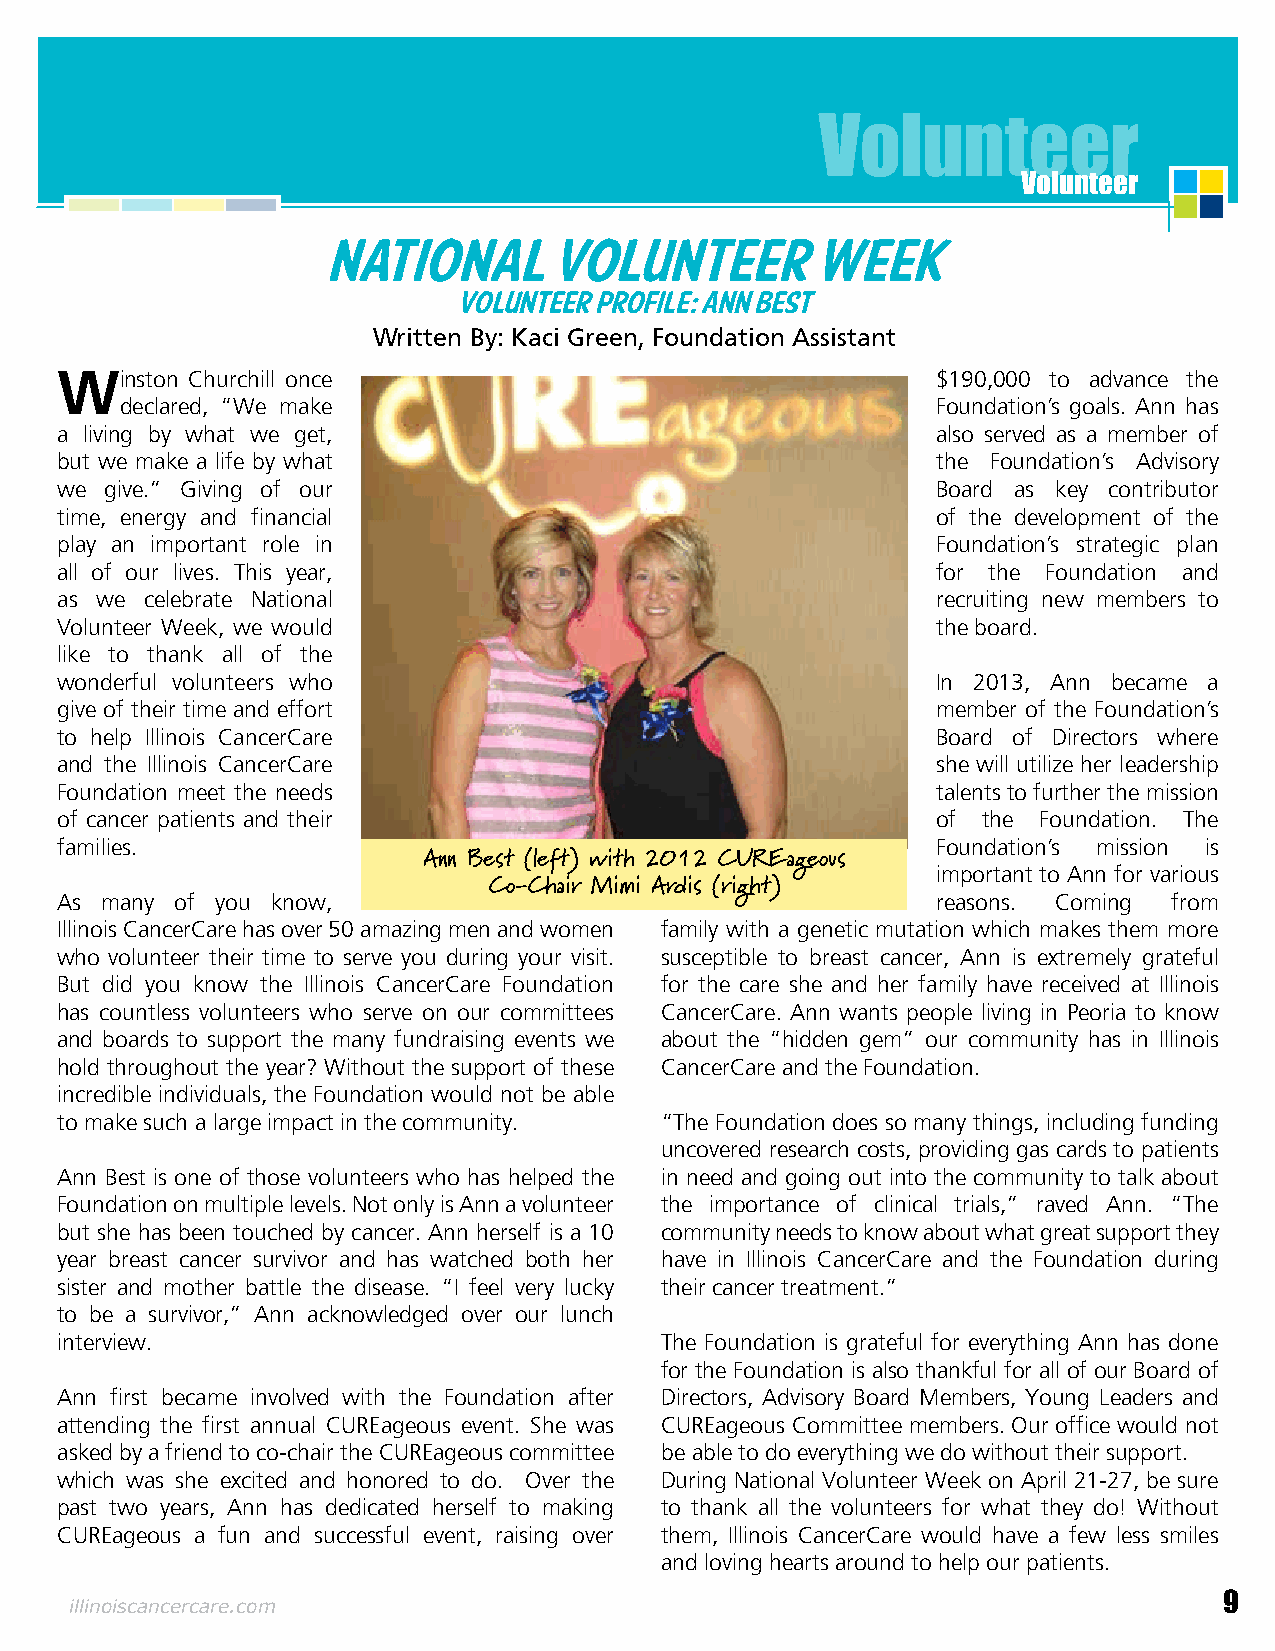
Volunteer
 Volunteer
 National       Volunteer        Week
 Volunteer Profile: Ann Best
 Written By: Kaci Green, Foundation Assistant
 Winston  Churchill once                                   $190,000 to advance the
 declared, “We make                                    Foundation’s goals. Ann has
 a living by what we get,                                  also served as a member of
 but we make a life by what                                the Foundation’s Advisory
 we give.” Giving of our                                   Board as key contributor
 time, energy and financial                                of the development of the
 play an important role in                                 Foundation’s strategic plan
 all of our lives. This year,                              for the Foundation and
 as we celebrate National                                  recruiting new members to
 Volunteer Week, we would                                  the board.
 like to thank all of the
 wonderful volunteers who                                  In 2013, Ann became a
 give of their time and effort                             member of the Foundation’s
 to help Illinois CancerCare                               Board of Directors where
 and the Illinois CancerCare                               she will utilize her leadership
 Foundation meet the needs                                 talents to further the mission
 of cancer patients and their                              of the Foundation. The
 families.                                                 Foundation’s mission is
 Ann Best (left) with 2012 CUREageous
 important to Ann for various
 Co-Chair Mimi Ardis (right)
 As many of you know,                                      reasons. Coming from
 Illinois CancerCare has over 50 amazing men and women family with a genetic mutation which makes them more
 who volunteer their time to serve you during your visit. susceptible to breast cancer, Ann is extremely grateful
 But did you know the Illinois CancerCare Foundation for the care she and her family have received at Illinois
 has countless volunteers who serve on our committees CancerCare. Ann wants people living in Peoria to know
 and boards to support the many fundraising events we about the “hidden gem” our community has in Illinois
 hold throughout the year? Without the support of these CancerCare and the Foundation.
 incredible individuals, the Foundation would not be able
 to make such a large impact in the community. “The Foundation does so many things, including funding
 uncovered research costs, providing gas cards to patients
 Ann Best is one of those volunteers who has helped the in need and going out into the community to talk about
 Foundation on multiple levels. Not only is Ann a volunteer the importance of clinical trials,” raved Ann. “The
 but she has been touched by cancer. Ann herself is a 10 community needs to know about what great support they
 year breast cancer survivor and has watched both her have in Illinois CancerCare and the Foundation during
 sister and mother battle the disease. “I feel very lucky their cancer treatment.”
 to be a survivor,” Ann acknowledged over our lunch
 interview.                              The Foundation is grateful for everything Ann has done
 for the Foundation is also thankful for all of our Board of
 Ann first became involved with the Foundation after Directors, Advisory Board Members, Young Leaders and
 attending the first annual CUREageous event. She was CUREageous Committee members. Our office would not
 asked by a friend to co-chair the CUREageous committee be able to do everything we do without their support.
 which was she excited and honored to do. Over the During National Volunteer Week on April 21-27, be sure
 past two years, Ann has dedicated herself to making to thank all the volunteers for what they do! Without
 CUREageous a fun and successful event, raising over them, Illinois CancerCare would have a few less smiles
 and loving hearts around to help our patients.
 illinoiscancercare.com                                                      9